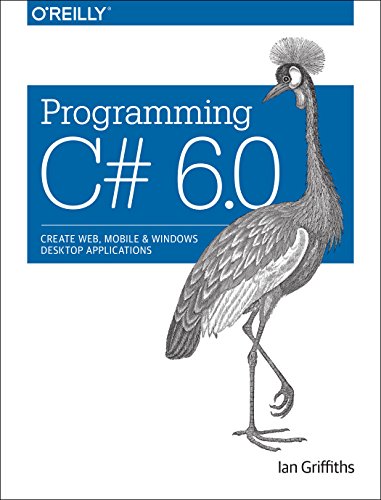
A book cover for Programming C# 6.0: Create Windows Desktop and Web Applications; Ian Griffiths; Computers & Technology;